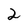
Character: 2